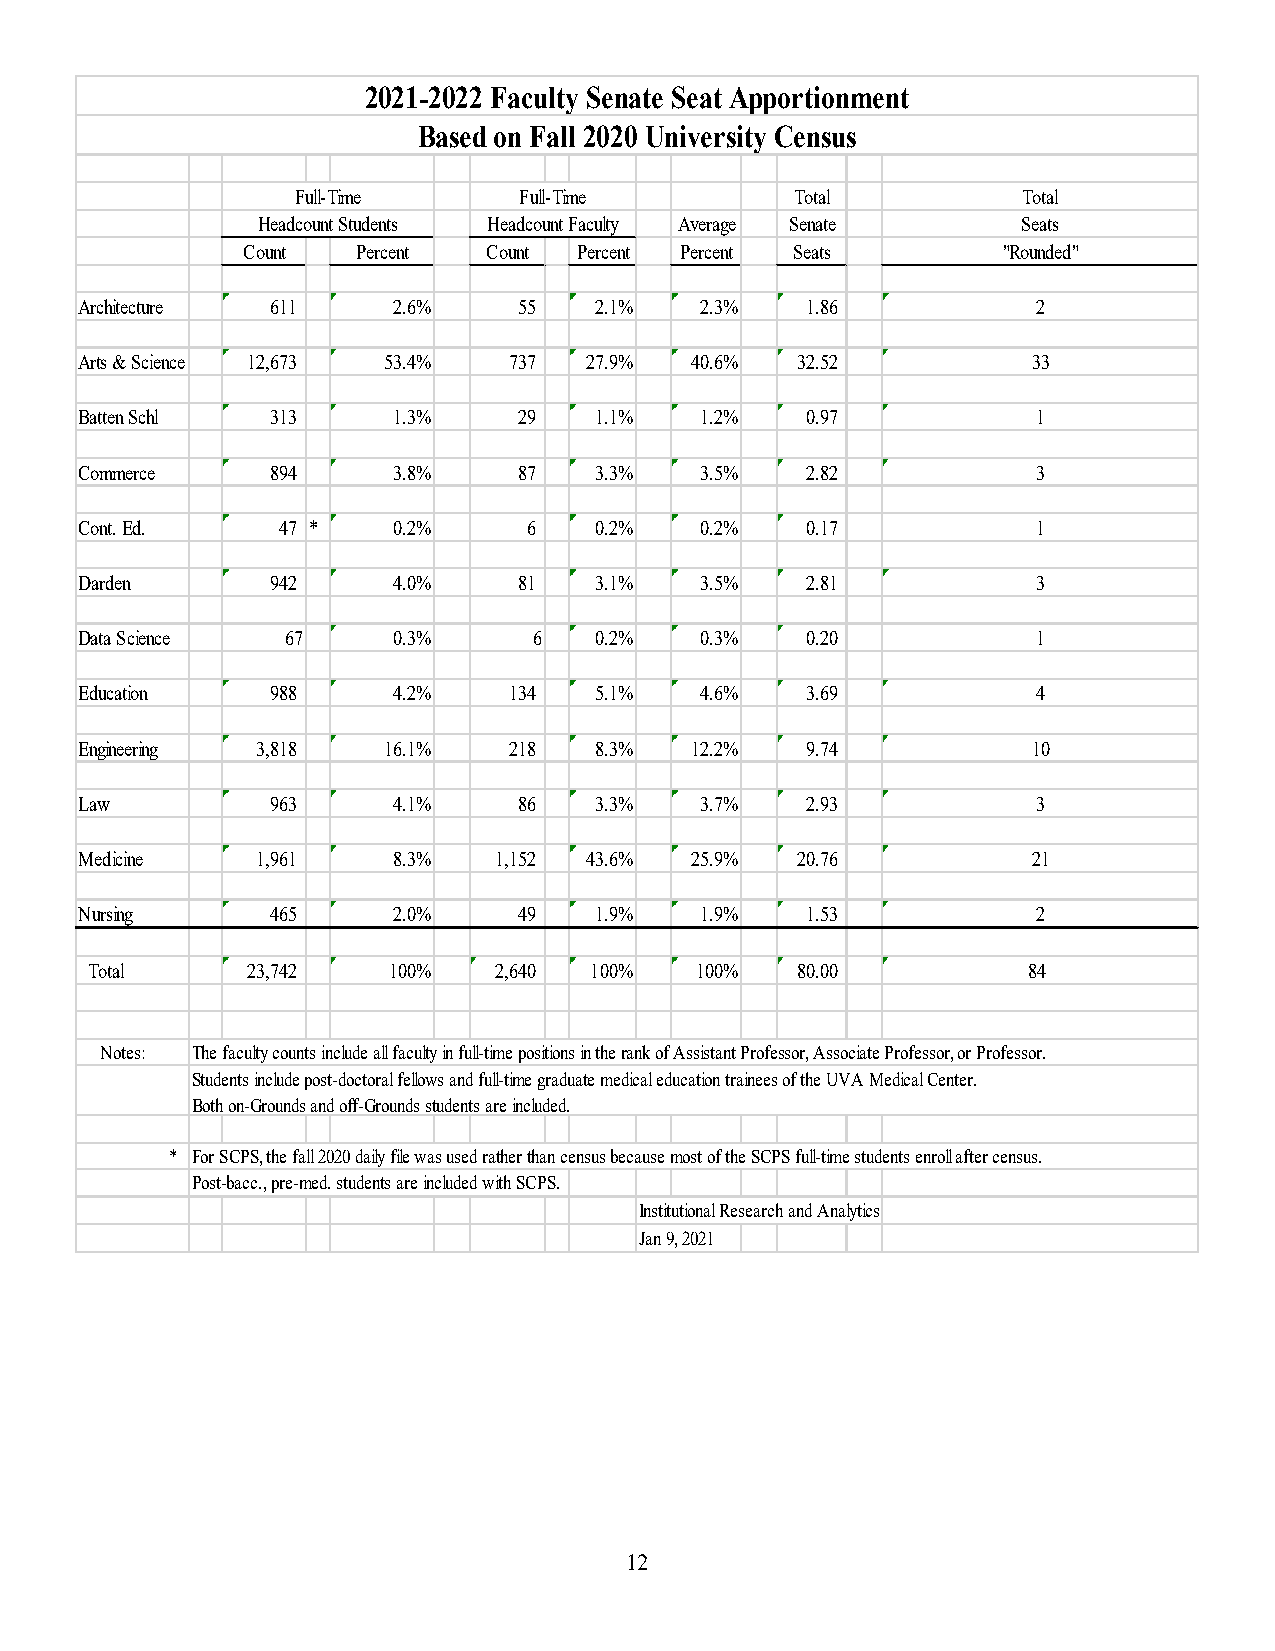
2021-2022 Faculty Senate Seat Apportionment
 Based on Fall 2020 University Census
 Full-Time     Full-Time          Total          Total
 Headcount Students Headcount Faculty Average Senate Seats
 Count   Percent Count Percent Percent Seats       "Rounded"
 Architecture 611     2.6%    55   2.1%   2.3%   1.86            2
 Arts & Science 12,673 53.4%  737  27.9%  40.6%  32.52          33
 Batten Schl  313     1.3%    29   1.1%   1.2%   0.97            1
 Commerce     894     3.8%    87   3.3%   3.5%   2.82            3
 Cont. Ed.    47 *    0.2%     6   0.2%   0.2%   0.17            1
 Darden       942     4.0%    81   3.1%   3.5%   2.81            3
 Data Science  67     0.3%     6   0.2%   0.3%   0.20            1
 Education    988     4.2%    134  5.1%   4.6%   3.69            4
 Engineering 3,818   16.1%    218  8.3%   12.2%  9.74           10
 Law          963     4.1%    86   3.3%   3.7%   2.93            3
 Medicine    1,961    8.3%   1,152 43.6%  25.9%  20.76          21
 Nursing      465     2.0%    49   1.9%   1.9%   1.53            2
 Total     23,742    100%   2,640 100%   100%   80.00          84
 Notes: The faculty counts include all faculty in full-time positions in the rank of Assistant Professor, Associate Professor, or Professor.
 Students include post-doctoral fellows and full-time graduate medical education trainees of the UVA Medical Center.
 Both on-Grounds and off-Grounds students are included.
 * For SCPS, the fall 2020 daily file was used rather than census because most of the SCPS full-time students enroll after census.
 Post-bacc., pre-med. students are included with SCPS.
 Institutional Research and Analytics
 Jan 9, 2021
 12